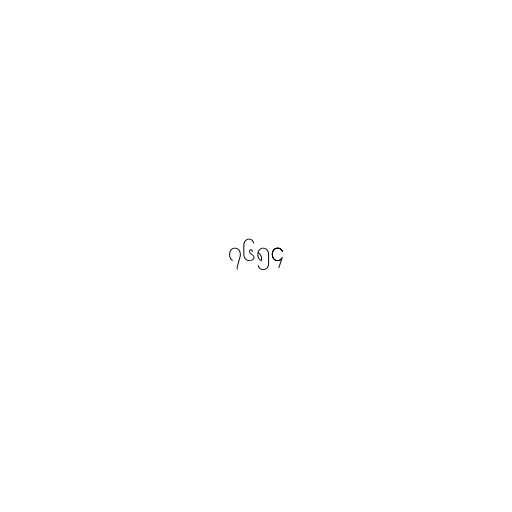
၇၆၅၄